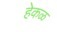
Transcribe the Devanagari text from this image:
हेकळ